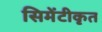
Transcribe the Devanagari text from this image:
सिमेंटीकृत